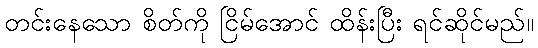
တင်းနေသော စိတ်ကို ငြိမ်အောင် ထိန်းပြီး ရင်ဆိုင်မည်။